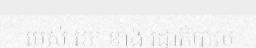
របស់ អ្នក ខាង រដ្ធាភិបាល